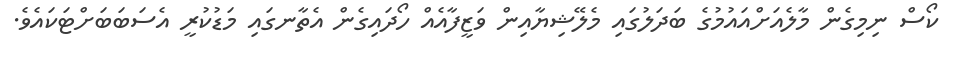
ކޯސް ނިމިގެން މާލެއަށްއައުމުގެ ބަދަލުގައި މެލޭޝިޔާއިން ވަޒީފާއެއް ހޯދައިގެން އެތާނގައި މަޑުކުރީ އެސަބަބަށްޓަކައެވެ.